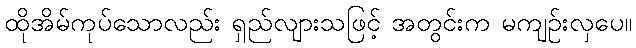
ထိုအိမ်ကုပ်သောလည်း ရှည်လျားသဖြင့် အတွင်းက မကျဉ်းလှပေ။